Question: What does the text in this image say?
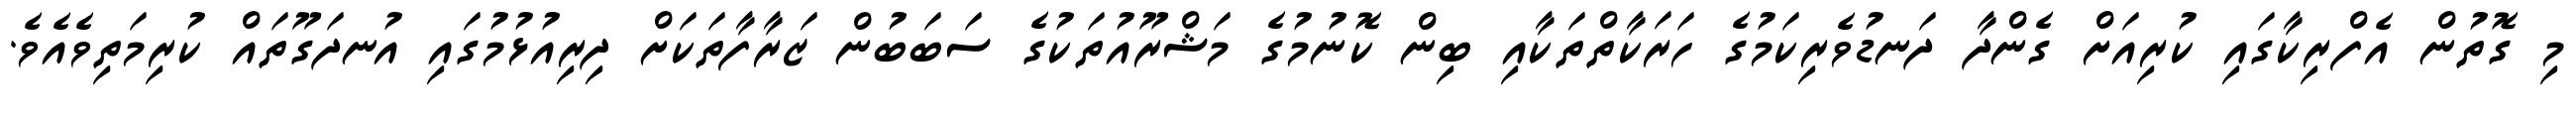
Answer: މި ގޮތުން އެފްރިކާގައި ކުރިއަށް ގެންދާ ދަނޑުވެރިކަމުގެ ހަރަކާތްތަކާއި ބިން ކޮނުމުގެ މަޝްރޫއުތަކުގެ ސަބަބުން ޒަރާފާތަކަށް ދިރިއުޅުމުގައި އުނދަގޫތައް ކުރިމަތިވެއެވެ.